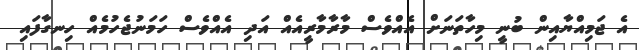
އެ ޖަމިއްޔާއިން ބުނީ މިހާތަނަށް އެއްވެސް މާރާމާރީއެއް އަދި އެއްވެސް ހަމަނުޖެހުމެއް ހިނގާފައި